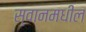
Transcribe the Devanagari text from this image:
स्वानमधील